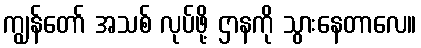
ကျွန်တော် အသစ် လုပ်ဖို့ ဌာနကို သွားနေတာလေ။